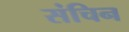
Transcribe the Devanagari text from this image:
संचिन